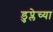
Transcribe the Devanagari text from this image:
डुप्लेच्या